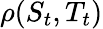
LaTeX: \rho(S_{t},T_{t})